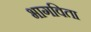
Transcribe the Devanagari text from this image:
भागविता